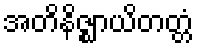
အတိနိဇ္ဈာယိတတ္တံ